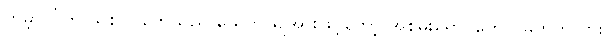
ကမ္ဘာပါ်က သစ်ပင်တွေသည် ယေဘုယျအားဖြင့်တော့ အစိမ်းရောင်တွေပဲ မဟုတ်လား။